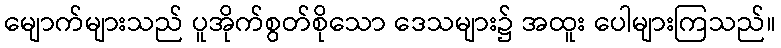
မျောက်များသည် ပူအိုက်စွတ်စိုသော ဒေသများ၌ အထူး ပေါများကြသည်။